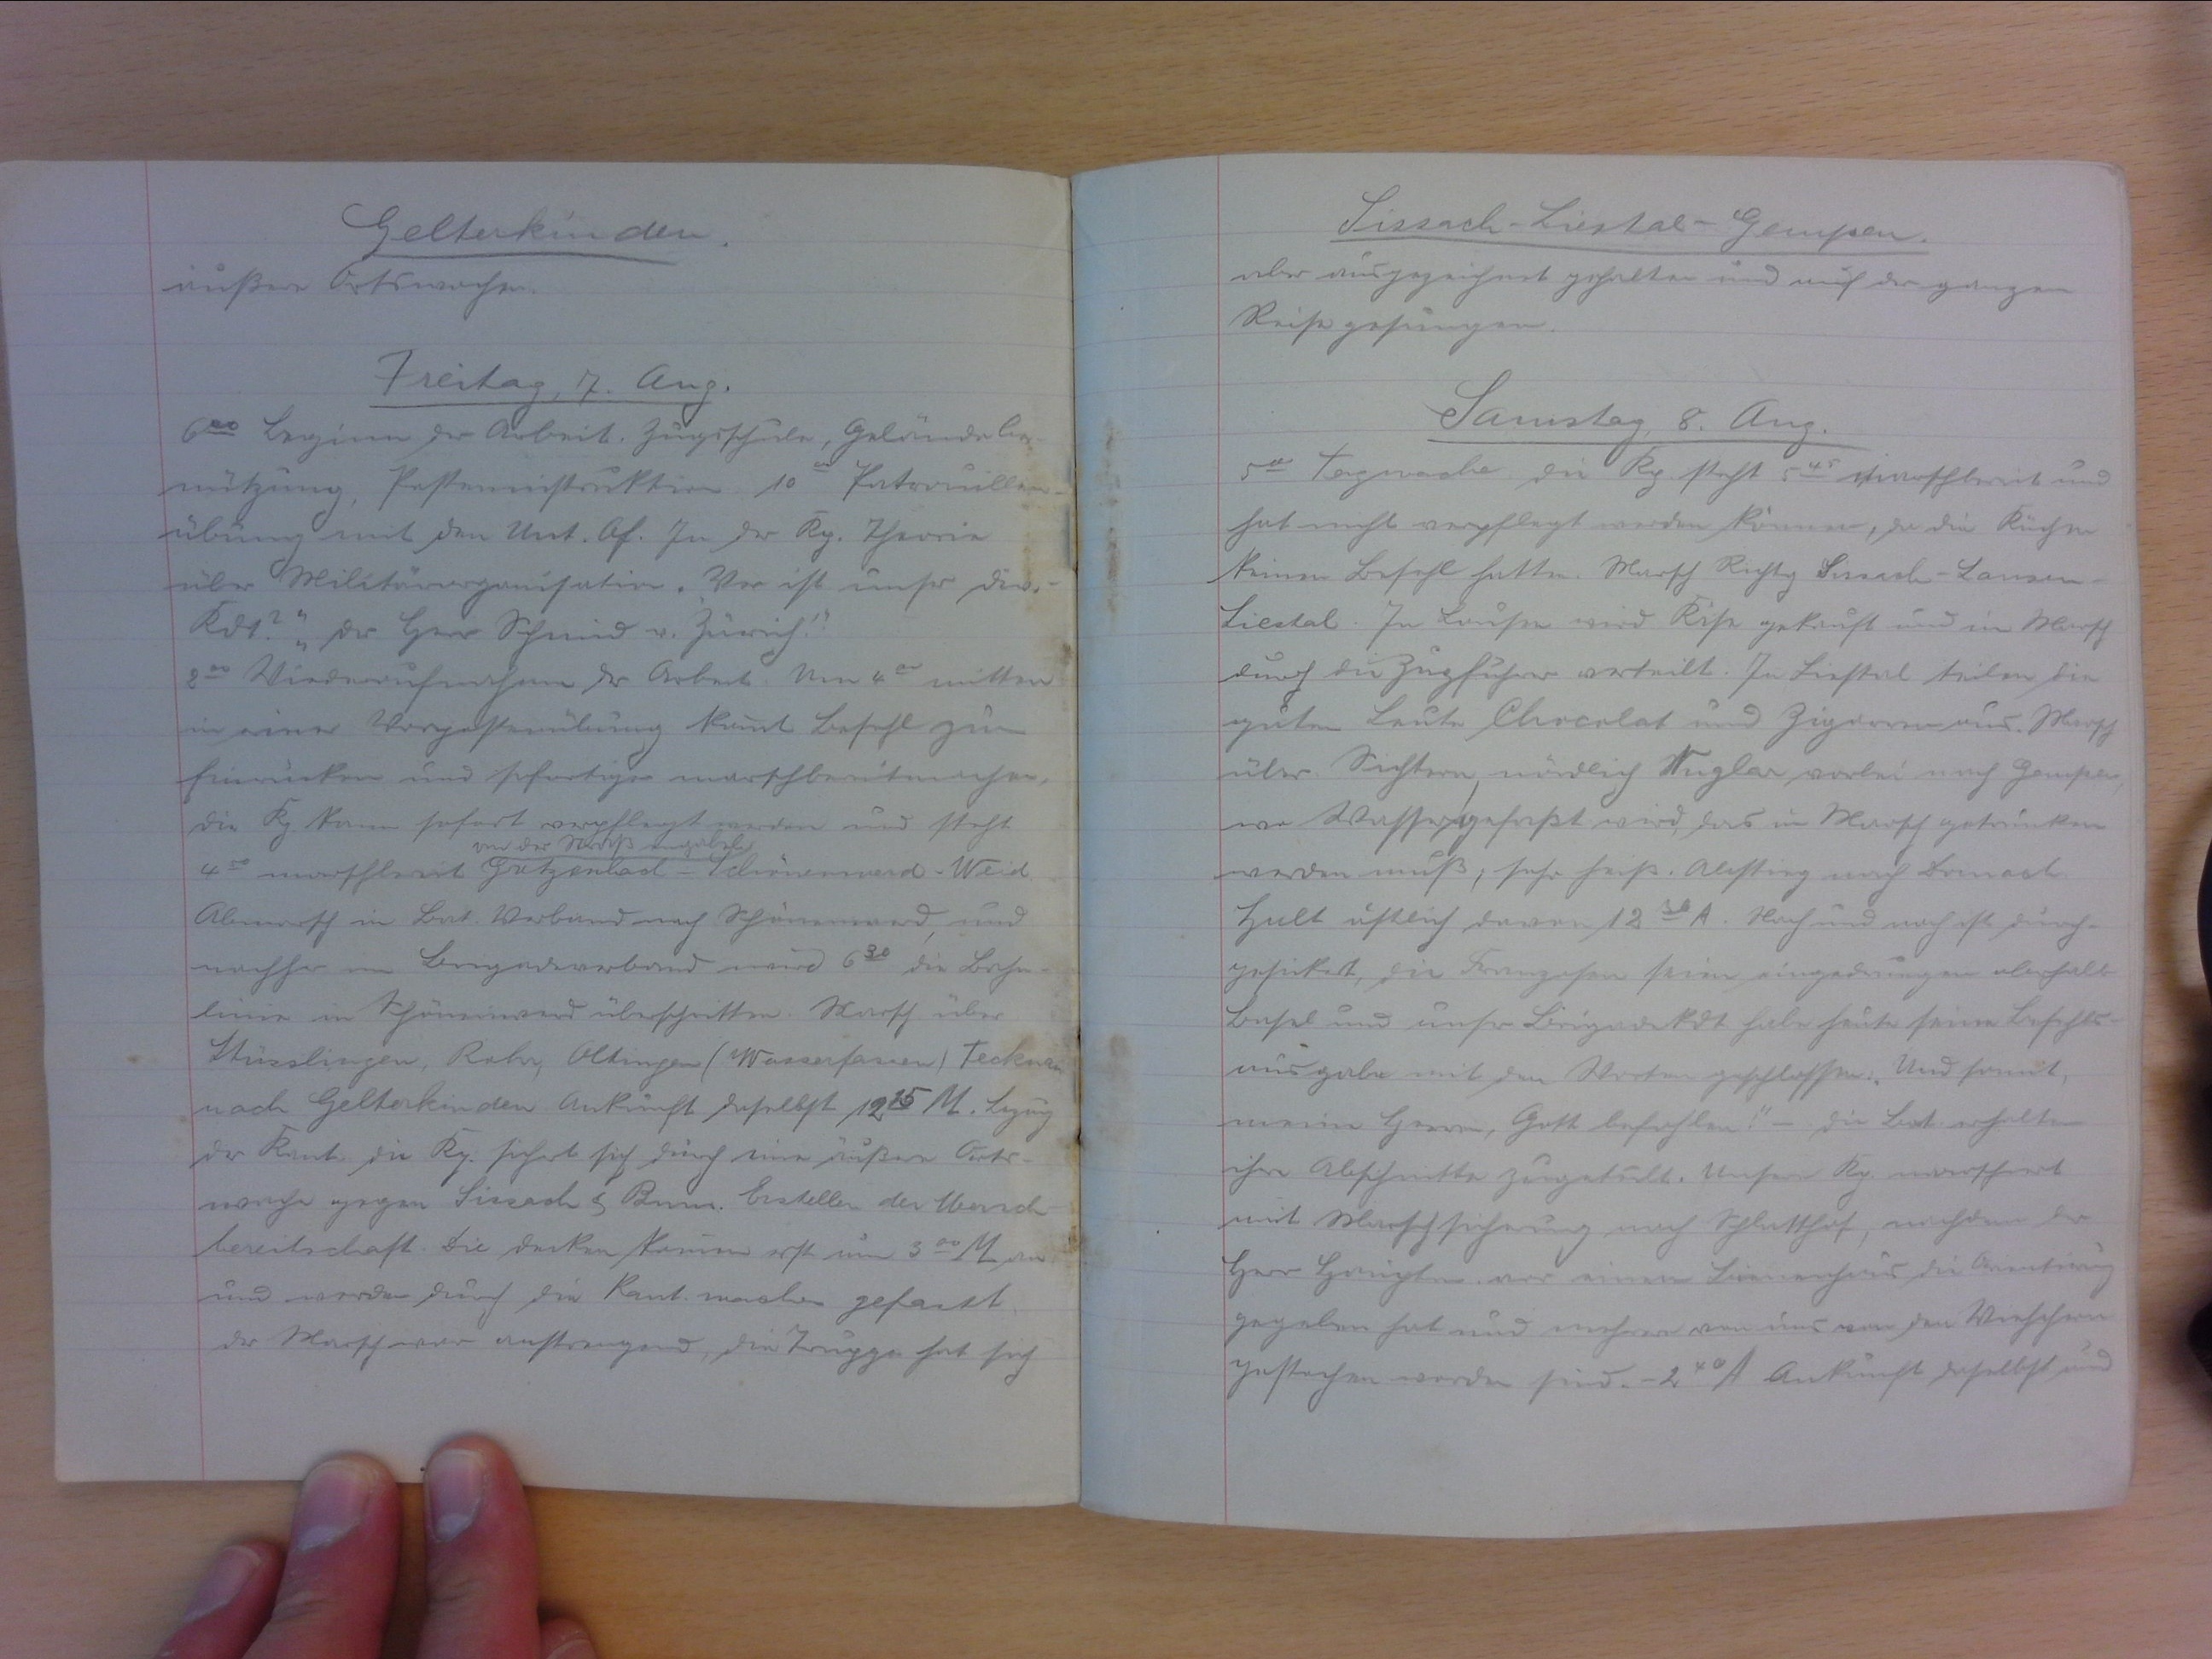
Gelterkinden.
aussen Ortswachen.
Freitag, 7. Aug.
600 Beginn der Arbeit. Zugsschule, Geländebe-
nützung, Posteninstruktion. 1000 Patrouillen-
übung mit den Unt. Of. In der Kp. Theorie
über Militärorganisation. "Wer ist unser Div.-
Kdt?" "Der Herr Schmid v. Zürich."!
200 Wiederaufnahme der Arbeit. um 400 mitten
in einer Vorpostenübung kommt Befehl zum
Einrücken und sofortiger marschbereitmachen,
die Kp. kann sofort verpflegt werden und steht
von der
4.50 marschbereit. Gretzenbach-Schönenwerd-Weid.
Abmarsch in Bat. Verband nach Schönenwerd, und
nachher im Brigadeverband wird 640 die Bahn-
linie in Schönenwerd überschritten. Marsch über
Stüsslingen, Rohr, Oltingen (Wasserfassen), Tecknau
nach Gelterkinden. Ankunft daselbst 1225. M. Bezug
der Kant. die Kp. sichert sich durch eine äussere Orts-
wache gegen Sissach . Erstellen der Marsch-
bereitschaft. Die decken kommen erst um 300 M. an
und werden durch die Kant. wachen gefasst,
der Marsch war anstrengend, die Truppe hat sich

Sissach-Liestal-Gempen
aber ausgezeichnet gehalten und auf der ganzen
Reise gesungen.
Samstag, 8. Aug.
500 Tagwache, die Kp. steht 545 marschbereit und
hat nicht verpflegt werden können, da die Küchen
keinen Befehl hatten. Marsch Richtung Sissach-Lausen-
Liestal. In Lausen wird Käse gekauf und im Marsch
durch die Zugführer verteilt. In Sissach teilen die
guten Leute Chocolat und Zigarren aus. Marsch
über Sichtern, endlich Nuglar vorbei nach Gempen,
wo Wasser gefasst wird, das im Marsch getrunken
werden muss sehr heiss. Abstieg nach Dornach.
Halt östlich davon 1230 A. Nach und nach ist durch-
gesickert, die Franzosen seien eingedrungen oberhalb
Basel und unser Brigadekdt habe heute seine Befehls-
ausgabe mit den Worten geschlossen: "Und somit,
meine Herren, Gott befohlen!" - Die Bat. erhalten
ihre Abschnitte zugeteilt. Unsere Kp. marschiert
mit Marschsicherung nach Schlatthof, nachdem der
Herr Hauptm. vor einem Bauernhaus die Orientierung
gegeben hat und mehrere von uns den Viehchern
gestochen worden sind. 240 A. Ankunft daselbst und